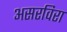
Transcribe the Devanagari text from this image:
असरविरा